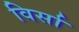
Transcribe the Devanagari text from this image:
विर्सा